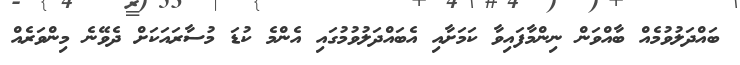
ބައްދަލުވުމެއް ބާއްވަން ނިންމާފައިވާ ކަމަށާއި އެބައްދަލުވުމުގައި އެންމެ ކުޑަ މުސާރައަކަށް ދެވޭނެ މިންވަރެއް